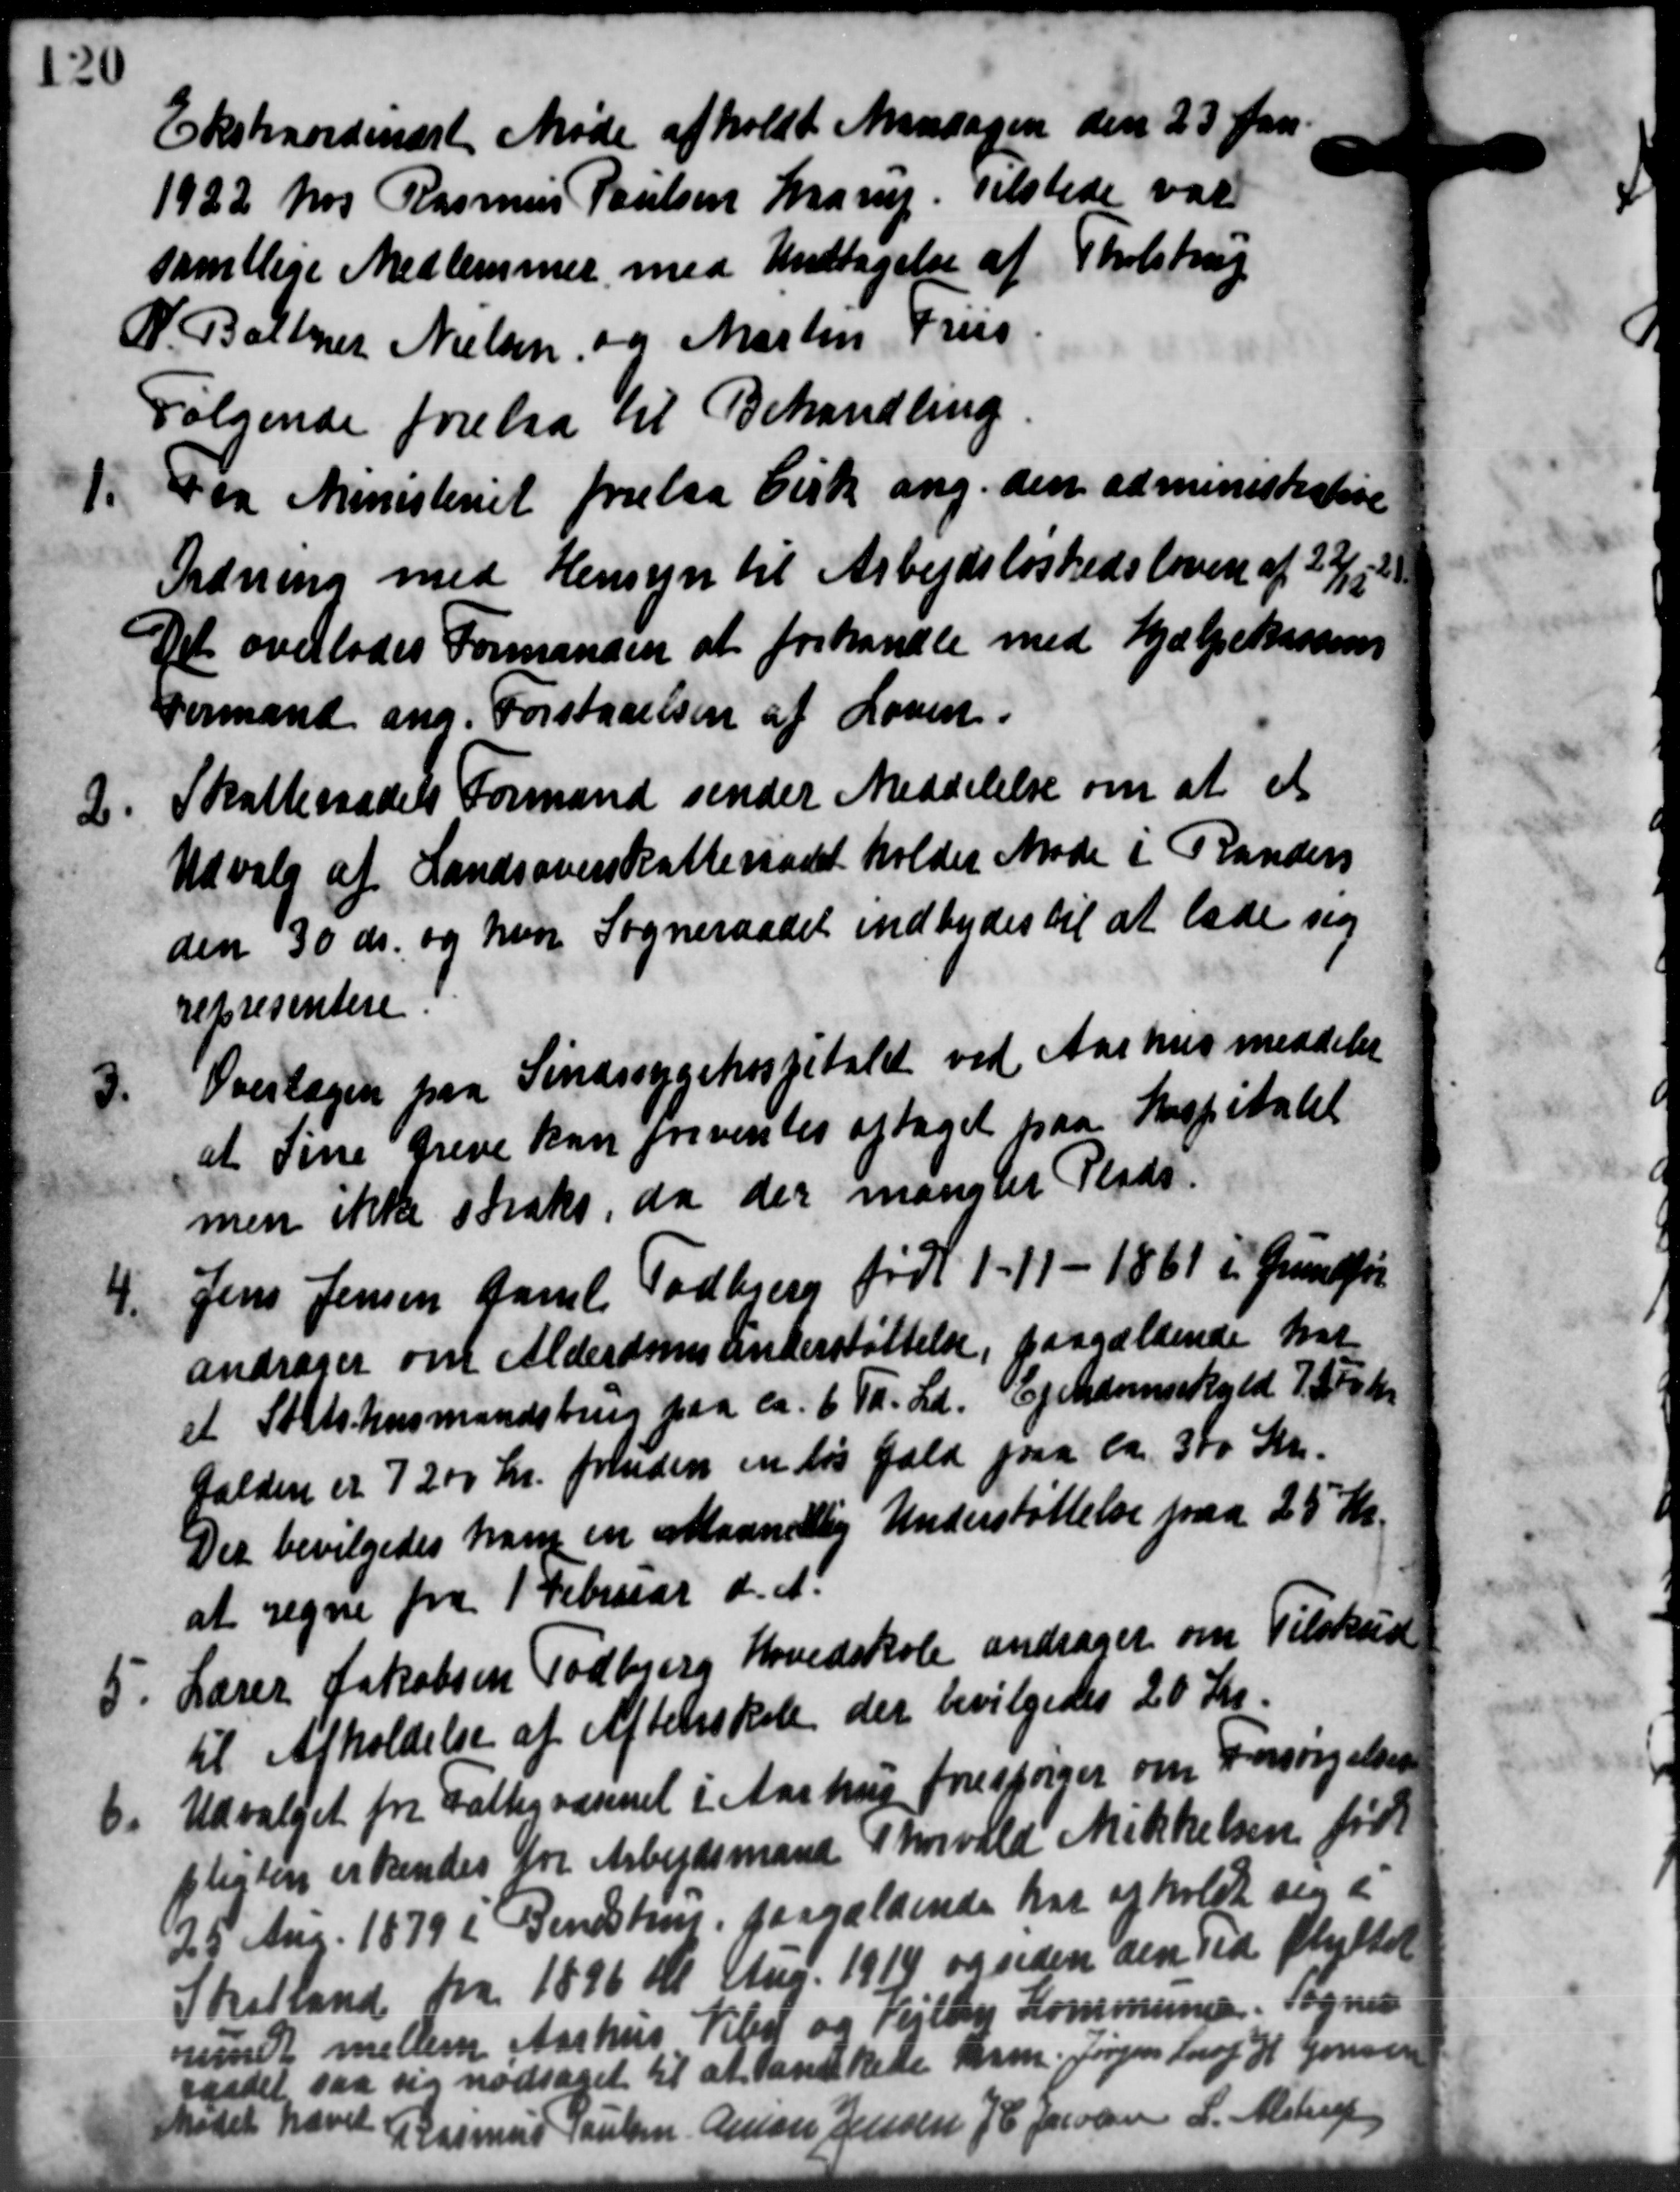
Transskription:
Ekstraordinært Møde afholdt Mandagen den 23 Jan
1922 hos Rasmus Poulsen Maarup. Tilstede var
samtlige Medlemmer med Undtagelse af Tholstrup
N. Baltzer Nielsen og Martin Friis
Følgende forelaa til Behandling
11
Fra Ministeriet forelaa Cirk ang. den administerieve
Ordning med Hensyn til Arbejdsløshedsloven af 22/12 21
Det overlodes Formanden at forhandle med Hjælpekassens
Formand ang. Forstaaelsen af Loven.
2.
Skatteraadets Formand sender Meddelelse om at et
Udvalg af Landsoverskatteraadet holder Møde i Randers
den 30 ds. og hvor Sogneraadet indbydes til at lade sig
repræsentere
3.
Overlagen paa Sindssygehospitalet ved Aarhus meddeler
at Sine Greve kan forventes optaget paa Hospitalet
men ikke straks, da der mangler Plads.
4.
Jens Jensen Jaul Todbjerg født 1-11-1861 i Grundfør
andrager om Alderdomsunderstøttelse, paagældende har
et Statshusmandsbrug paa ca. 6 Td. Ld. Ejendomsskyld 7.500 Kr.
Gælden er 7200 kr. foruden en til Gæld paa ca. 300 Stk.
Der bevilgedes ham en Maanedlig Understøttelse paa 25 Kr.
at regne fra 1 Februar d. A.
5. Lærer Jakobsen Todbjerg Hovedskole andrager om Tilskud
5. Lærer Jakobsen Todbjerg Hovedskole andrager om Tilskud
til Afholdelse af Aftenskole der bevilgedes 20 Kr.
6.
Udvalget for Fattigvæsenet i Aarhus forespørger om Forsørgelses-
pligten erkendes for Arbejdsmand Thorvald Mikkelsen født
25 Aug. 1879 i Bendstru, paagældende har opholdt sig i
Skalland fra 1896 Kr Aug. 1914 og siden den ved flyttet
rundt mellem Aarhus Viby og Vejlby Kommunen. Sogner
raadet saa sig nødsaget til at danskede Arm. Jørgen Forof H. Jensen
Mødet hævet
Rasmus Poulsen Anton Jensen J C Jacobsen L. Alstrup